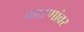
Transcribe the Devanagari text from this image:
कारणांवर